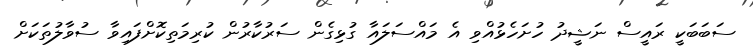
ސަބަބަކީ ރައީސް ނަޝީދު ހުށަހެޅުއްވި އެ މައްސަލައާ ގުޅިގެން ސަރުކާރުން ކުރިމަތިކޮށްފައިވާ ސުވާލުތަކަށް